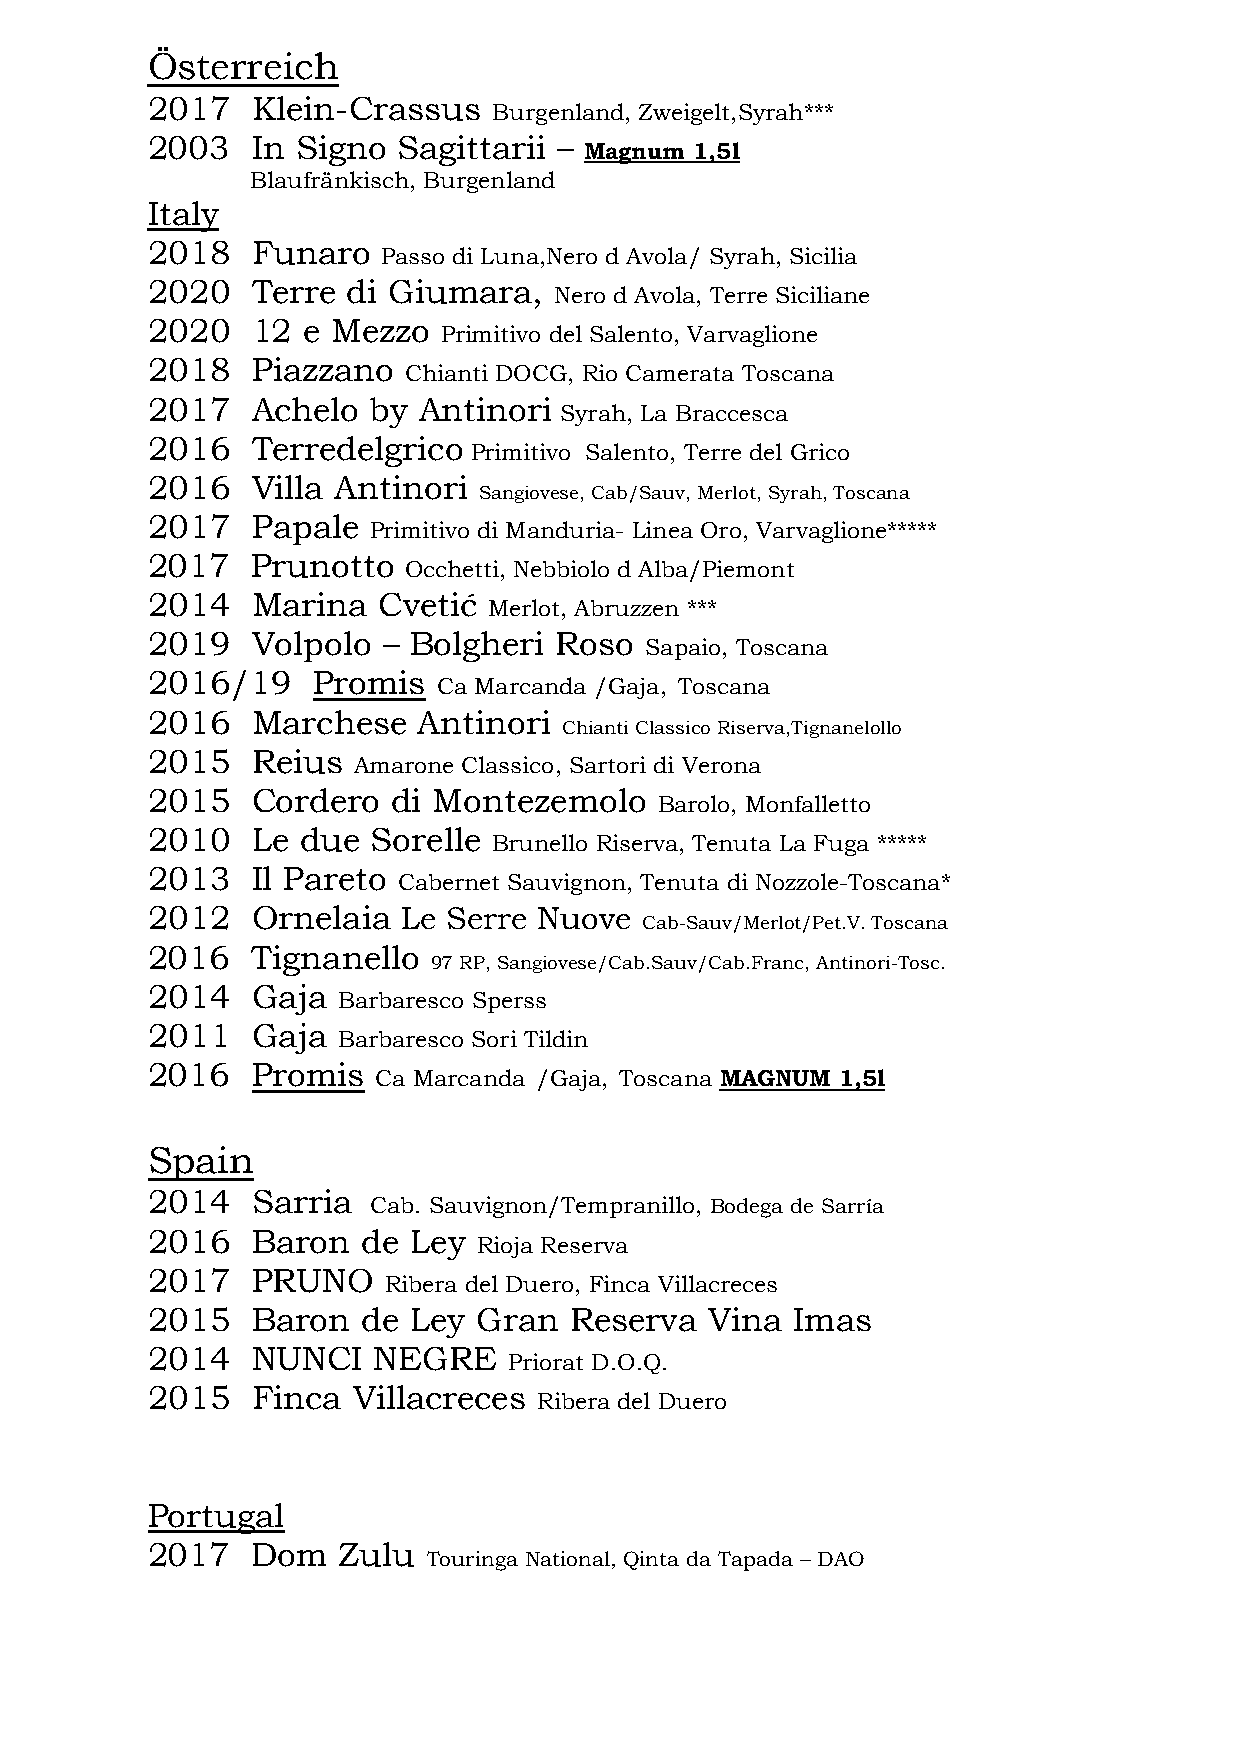
Österreich
 2017   Klein-Crassus
 Burgenland, Zweigelt,Syrah***
 2003   In Signo Sagittarii –
 Magnum 1,5l
 Blaufränkisch, Burgenland
 Italy
 2018   Funaro
 Passo di Luna,Nero d Avola/ Syrah, Sicilia
 2020   Terre di Giumara,
 Nero d Avola, Terre Siciliane
 2020   12 e Mezzo
 Primitivo del Salento, Varvaglione
 2018   Piazzano
 Chianti DOCG, Rio Camerata Toscana
 2017   Achelo  by Antinori
 Syrah, La Braccesca
 2016   Terredelgrico
 Primitivo Salento, Terre del Grico
 2016   Villa Antinori
 Sangiovese, Cab/Sauv, Merlot, Syrah, Toscana
 2017   Papale
 Primitivo di Manduria- Linea Oro, Varvaglione*****
 2017   Prunotto
 Occhetti, Nebbiolo d Alba/Piemont
 2014   Marina  Cvetić
 Merlot, Abruzzen ***
 2019   Volpolo – Bolgheri  Roso
 Sapaio, Toscana
 2016/19    Promis
 Ca Marcanda /Gaja, Toscana
 2016   Marchese   Antinori
 Chianti Classico Riserva,Tignanelollo
 2015   Reius
 Amarone Classico, Sartori di Verona
 2015   Cordero  di Montezemolo
 Barolo, Monfalletto
 2010   Le due  Sorelle
 Brunello Riserva, Tenuta La Fuga *****
 2013   Il Pareto
 Cabernet Sauvignon, Tenuta di Nozzole-Toscana*
 2012   Ornelaia  Le Serre Nuove
 Cab-Sauv/Merlot/Pet.V. Toscana
 2016   Tignanello
 97 RP, Sangiovese/Cab.Sauv/Cab.Franc, Antinori-Tosc.
 2014   Gaja
 Barbaresco Sperss
 2011   Gaja
 Barbaresco Sori Tildin
 2016   Promis
 Ca Marcanda /Gaja, Toscana MAGNUM 1,5l
 Spain
 2014   Sarria
 Cab. Sauvignon/Tempranillo, Bodega de Sarría
 2016   Baron  de Ley
 Rioja Reserva
 2017   PRUNO
 Ribera del Duero, Finca Villacreces
 2015   Baron  de Ley  Gran  Reserva  Vina Imas
 2014   NUNCI   NEGRE
 Priorat D.O.Q.
 2015   Finca Villacreces
 Ribera del Duero
 Portugal
 2017   Dom  Zulu
 Touringa National, Qinta da Tapada – DAO